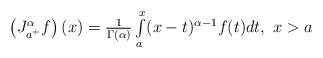
LaTeX: \begin{align*}\begin{array}{c}\left( J_{a^{+}}^{\alpha }f\right) (x)=\frac{1}{\Gamma (\alpha )}\int\limits_{a}^{x}(x-t)^{\alpha -1}f(t)dt,\ x>a\end{array}\end{align*}